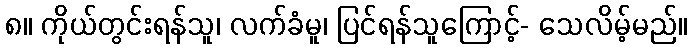
၈။ ကိုယ်တွင်းရန်သူ၊ လက်ခံမူ၊ ပြင်ရန်သူကြောင့်- သေလိမ့်မည်။